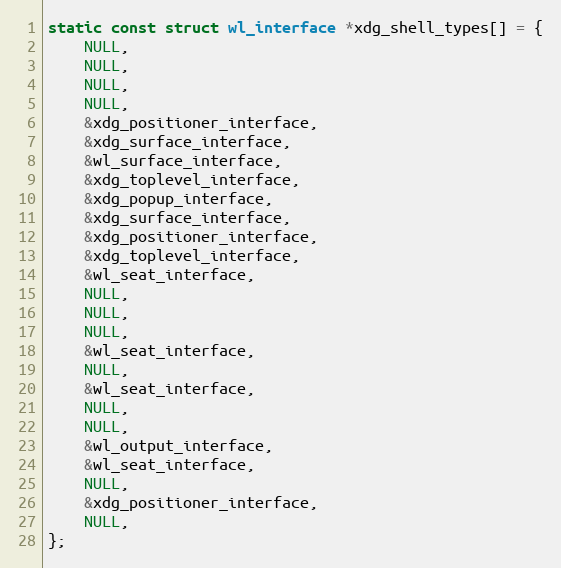
Language: C
static const struct wl_interface *xdg_shell_types[] = {
	NULL,
	NULL,
	NULL,
	NULL,
	&xdg_positioner_interface,
	&xdg_surface_interface,
	&wl_surface_interface,
	&xdg_toplevel_interface,
	&xdg_popup_interface,
	&xdg_surface_interface,
	&xdg_positioner_interface,
	&xdg_toplevel_interface,
	&wl_seat_interface,
	NULL,
	NULL,
	NULL,
	&wl_seat_interface,
	NULL,
	&wl_seat_interface,
	NULL,
	NULL,
	&wl_output_interface,
	&wl_seat_interface,
	NULL,
	&xdg_positioner_interface,
	NULL,
};